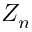
Z _ { n }